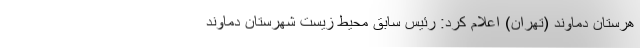
هرستان دماوند (تهران) اعلام کرد: رئیس سابق محیط زیست شهرستان دماوند